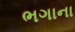
ભગાના